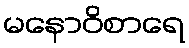
မနောဝိစာရေ